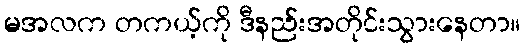
မအလက တကယ့်ကို ဒီနည်းအတိုင်းသွားနေတာ။